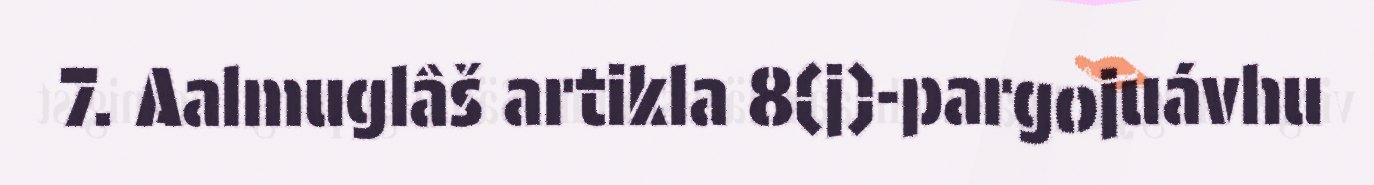
7. Aalmuglâš artikla 8(j)-pargojuávhu